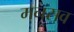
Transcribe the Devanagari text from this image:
मनसव